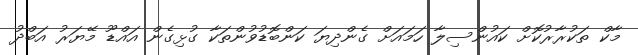
މާކް ތަކުރާރުކޮށް ކައުންސިލާ ހަމައަށް ގެންދިޔަ ކަންބޮޑުވުންތަކާ ގުޅިގެން އައްޑޫ މޭޔަރު އަބްދު